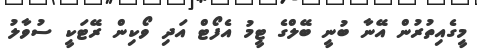
މީގެއިތުރުން އޭނާ ބުނީ ބޭލްގެ ޓީމު އެފޯޓް އަދި ވޯކިން ރޭޓަކީ ސުވާލު